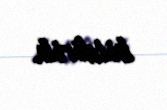
bildirib.